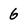
Character: 6